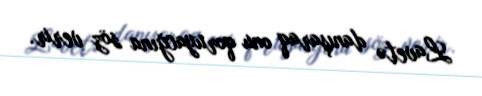
Lavetə danışaraq onu qoruyacğına söz verir.